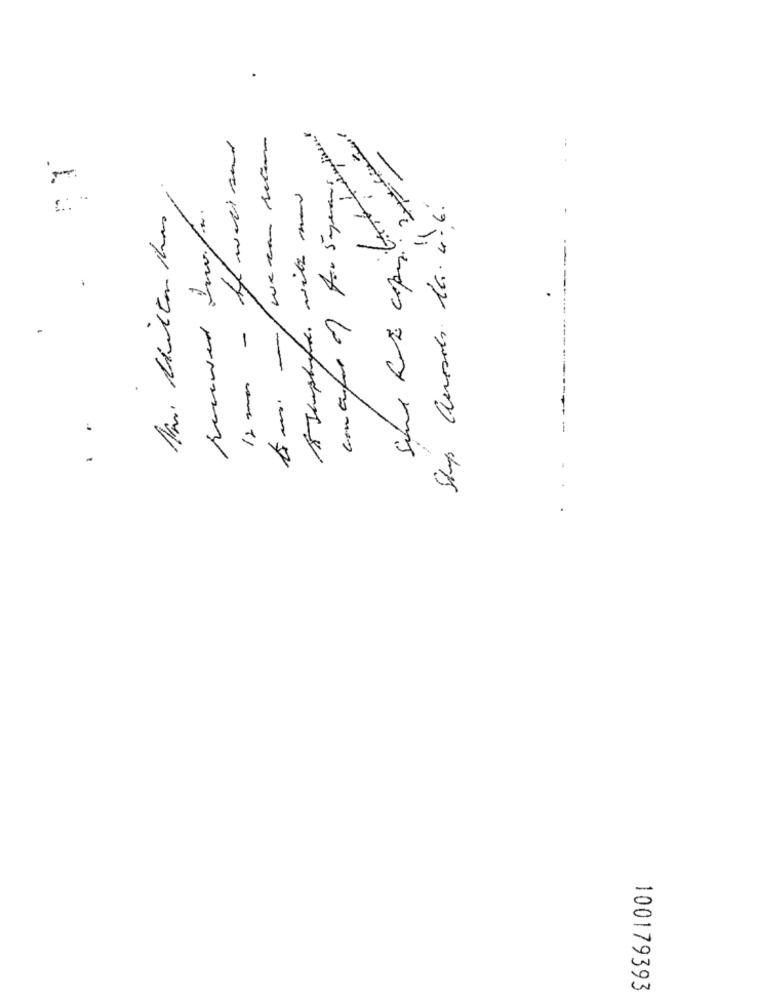
..
Is amos - toy watt send
-
A Jumphefe. with man
contratar of for 5 years.
Ship anosols la. 4.6.
.
100179393